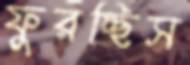
ফুরচ্ছিস